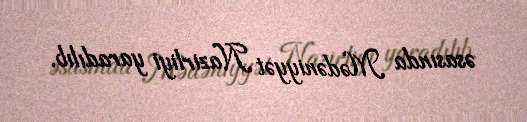
əsasında Mədəniyyət Nazirliyi yaradılıb.